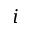
i